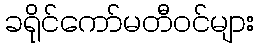
ခရိုင်ကော်မတီဝင်များ